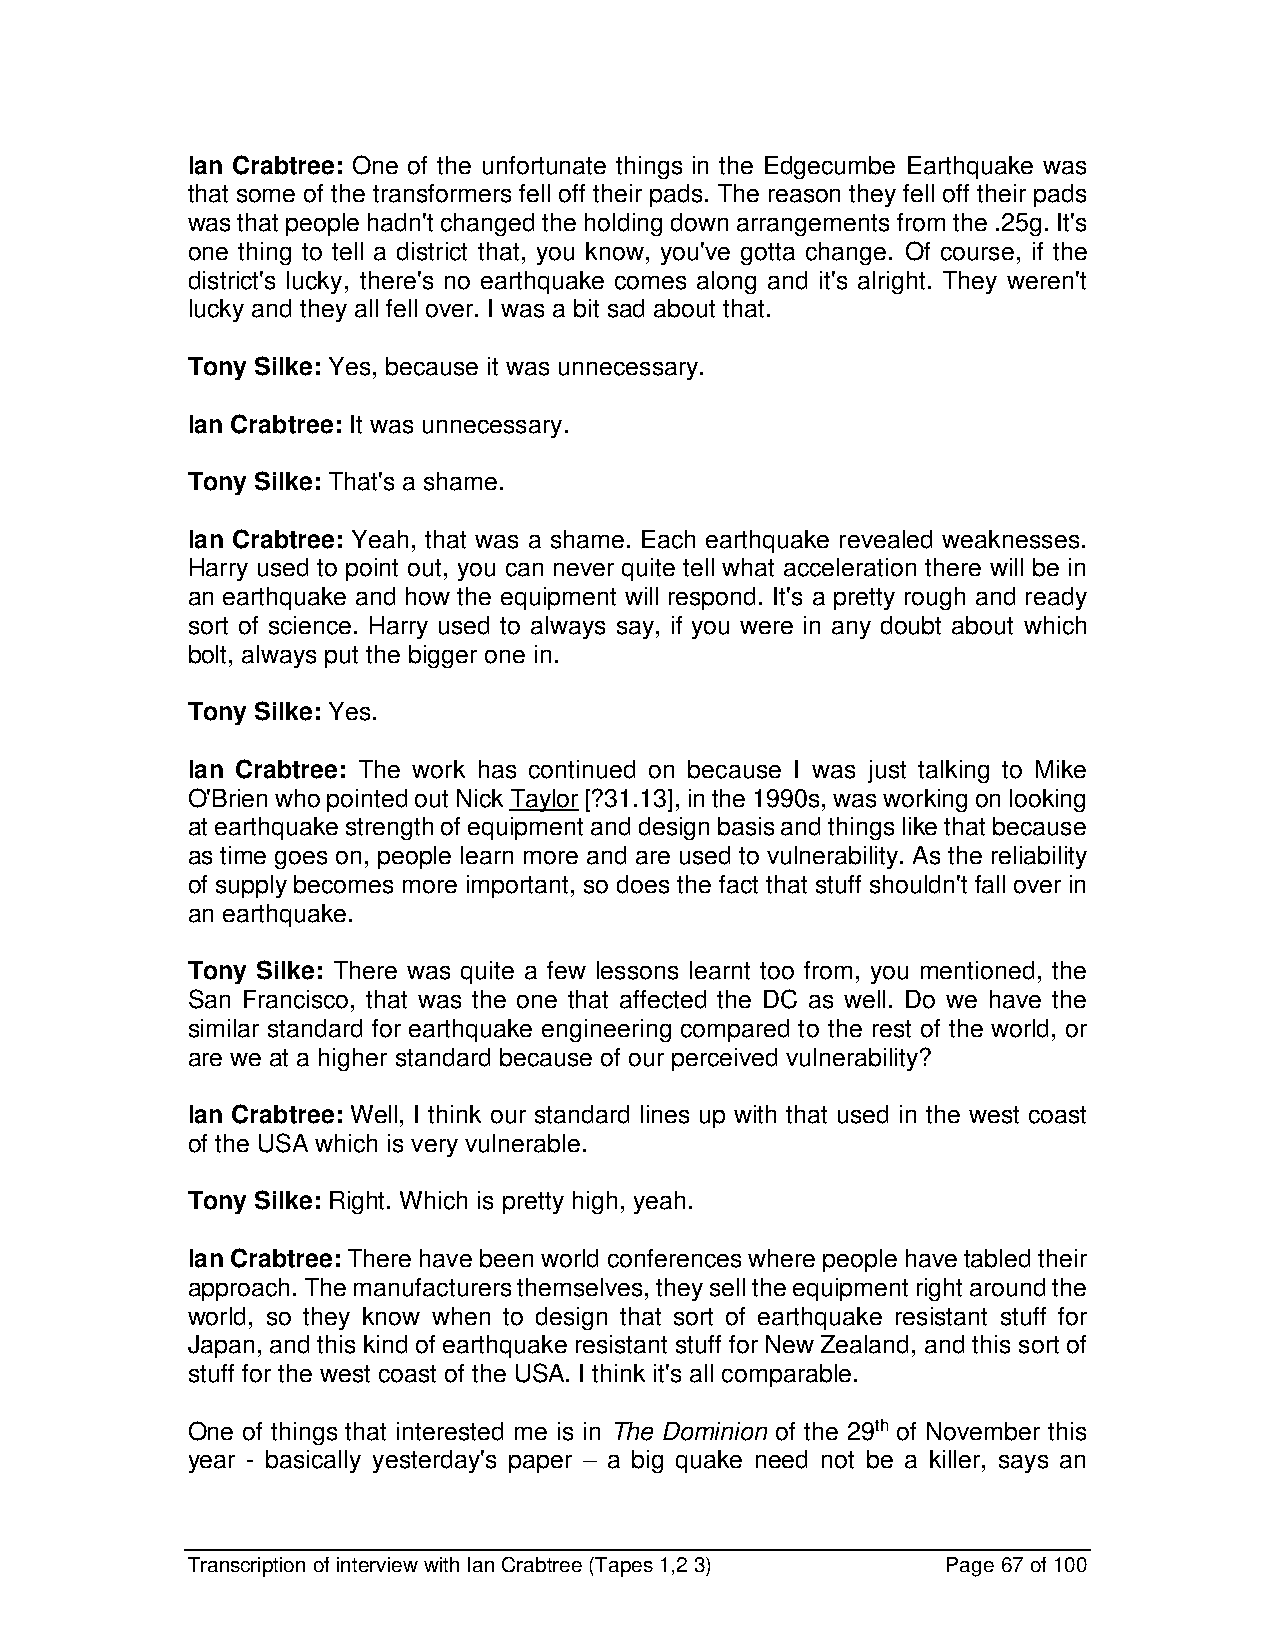
Ian Crabtree: One of the unfortunate things in the Edgecumbe Earthquake was
 that some of the transformers fell off their pads. The reason they fell off their pads
 was that people hadn't changed the holding down arrangements from the .25g. It's
 one thing to tell a district that, you know, you've gotta change. Of course, if the
 district's lucky, there's no earthquake comes along and it's alright. They weren't
 lucky and they all fell over. I was a bit sad about that.
 Tony Silke: Yes, because it was unnecessary.
 Ian Crabtree: It was unnecessary.
 Tony Silke: That's a shame.
 Ian Crabtree: Yeah, that was a shame. Each earthquake revealed weaknesses.
 Harry used to point out, you can never quite tell what acceleration there will be in
 an earthquake and how the equipment will respond. It's a pretty rough and ready
 sort of science. Harry used to always say, if you were in any doubt about which
 bolt, always put the bigger one in.
 Tony Silke: Yes.
 Ian Crabtree: The work has continued on because I was just talking to Mike
 O'Brien who pointed out Nick Taylor [?31.13], in the 1990s, was working on looking
 at earthquake strength of equipment and design basis and things like that because
 as time goes on, people learn more and are used to vulnerability. As the reliability
 of supply becomes more important, so does the fact that stuff shouldn't fall over in
 an earthquake.
 Tony Silke: There was quite a few lessons learnt too from, you mentioned, the
 San Francisco, that was the one that affected the DC as well. Do we have the
 similar standard for earthquake engineering compared to the rest of the world, or
 are we at a higher standard because of our perceived vulnerability?
 Ian Crabtree: Well, I think our standard lines up with that used in the west coast
 of the USA which is very vulnerable.
 Tony Silke: Right. Which is pretty high, yeah.
 Ian Crabtree: There have been world conferences where people have tabled their
 approach. The manufacturers themselves, they sell the equipment right around the
 world, so they know when to design that sort of earthquake resistant stuff for
 Japan, and this kind of earthquake resistant stuff for New Zealand, and this sort of
 stuff for the west coast of the USA. I think it's all comparable.
 One of things that interested me is in The Dominion of the 29th of November this
 year - basically yesterday's paper – a big quake need not be a killer, says an
 Transcription of interview with Ian Crabtree (Tapes 1,2 3) Page 67 of 100